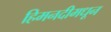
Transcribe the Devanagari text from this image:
हिमनदीमधून